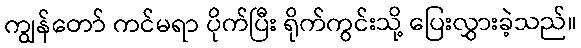
ကျွန်တော် ကင်မရာ ပိုက်ပြီး ရိုက်ကွင်းသို့ ပြေးလွှားခဲ့သည်။